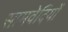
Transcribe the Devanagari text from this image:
सामवेदियों